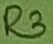
Text: R3